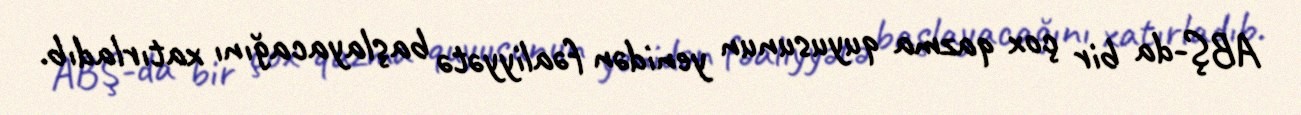
ABŞ-da bir çox qazma quyusunun yenidən fəaliyyətə başlayacağını xatırladıb.